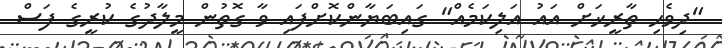
"ދިވެހި ތާރީޚަށް އައު އަލިކަމެއް" ގައިބަޔާންކޮށްފައި ވާ ގޮތުން މީލާދުގެ ކުރީގެ ފަސް